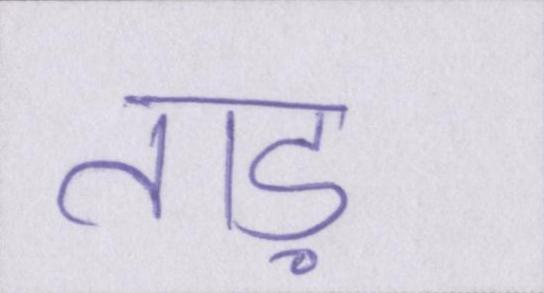
ताड़